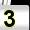
Digit: 3